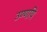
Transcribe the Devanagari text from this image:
उण्णयि